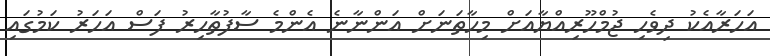
އަހަރާއެކު ދިވެހި ޖުމްހޫރިއްޔާއަށް މިހާތަނަށް އަންނާނެ އެންމެ ސާފުތާހިރު ފަސް އަހަރު ކަމުގައި